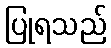
ပြုရသည်